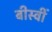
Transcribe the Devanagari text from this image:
बीस्वीं